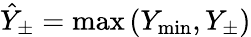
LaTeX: \hat{Y}_{\pm}=\operatorname*{max}\left(Y_{\operatorname*{min}},Y_{\pm}\right)